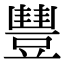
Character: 𧯽